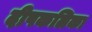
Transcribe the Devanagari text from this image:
दीपकलिका